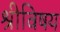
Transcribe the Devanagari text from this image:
श्रीविषय